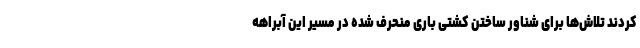
کردند تلاش‌ها برای شناور ساختن کشتی باری منحرف شده در مسیر این آبراهه